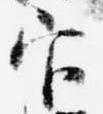
官